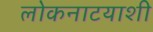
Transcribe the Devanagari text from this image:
लोकनाटयाशी